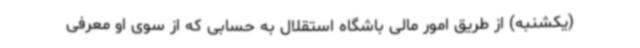
(یکشنبه) از طریق امور مالی باشگاه استقلال به حسابی که از سوی او معرفی